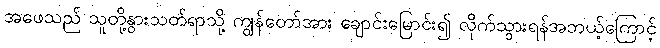
အဖေသည် သူတို့နွားသတ်ရာသို့ ကျွန်တော်အား ချောင်းမြောင်း၍ လိုက်သွားရန်အဘယ့်ကြောင့်